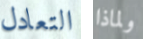
التعادل ولماذا